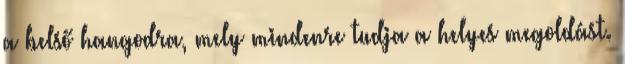
a belső hangodra, mely mindenre tudja a helyes megoldást.